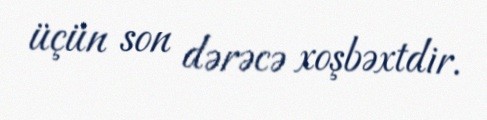
üçün son dərəcə xoşbəxtdir.